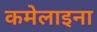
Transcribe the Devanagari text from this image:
कमेलाइना